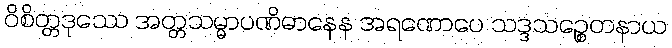
ဝိစိတ္တဒုဿေ အတ္တသမ္မာပဏိဓာနေန အရဏောပေ သဒ္ဒသဉ္စေတနာယ